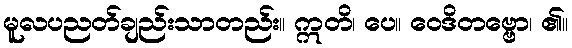
မူလပညတ်ချည်းသာတည်း။ ဣတိ၊ ပေ။ ဝေဒိတဗ္ဗော၊ ၏။